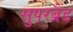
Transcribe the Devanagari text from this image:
सुपरब्रैंड